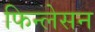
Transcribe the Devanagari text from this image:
फिन्लेसन